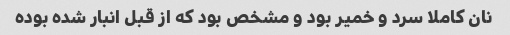
نان کاملا سرد و خمیر بود و مشخص بود که از قبل انبار شده بوده